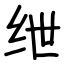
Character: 绁